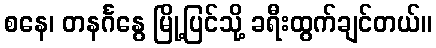
စနေ၊ တနင်္ဂနွေ မြို့ပြင်သို့ ခရီးထွက်ချင်တယ်။